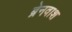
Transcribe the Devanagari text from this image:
ब्रेनवाश